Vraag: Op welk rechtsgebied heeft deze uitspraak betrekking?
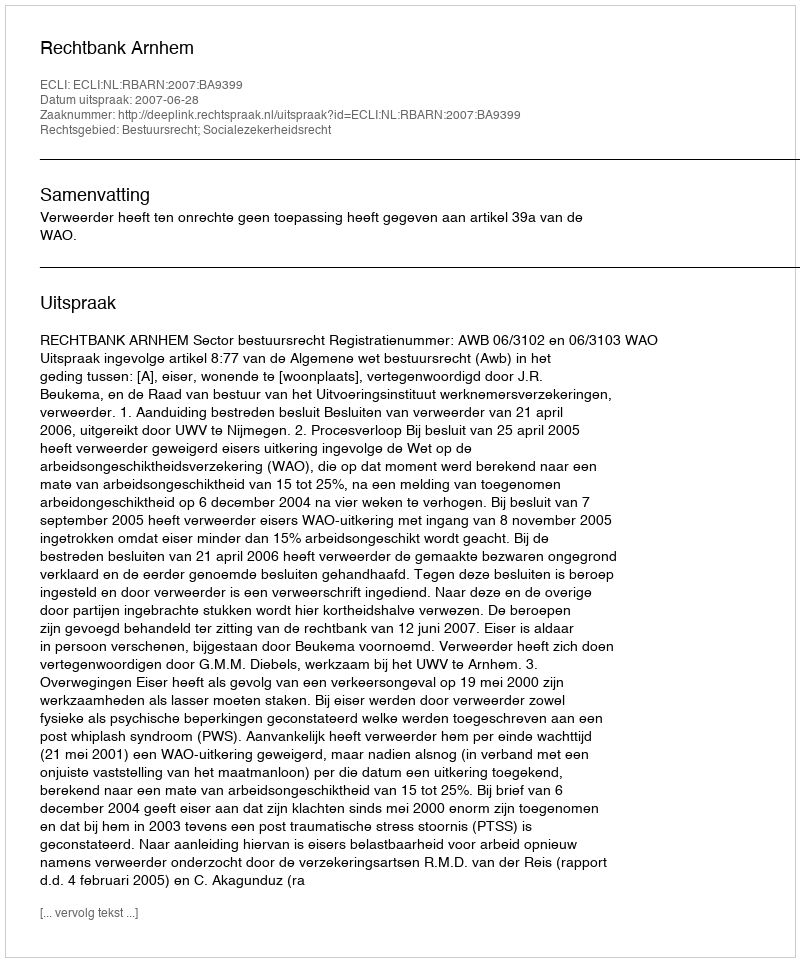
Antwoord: Bestuursrecht; Socialezekerheidsrecht